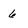
Character: 6